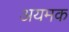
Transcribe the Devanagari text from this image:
अयमक